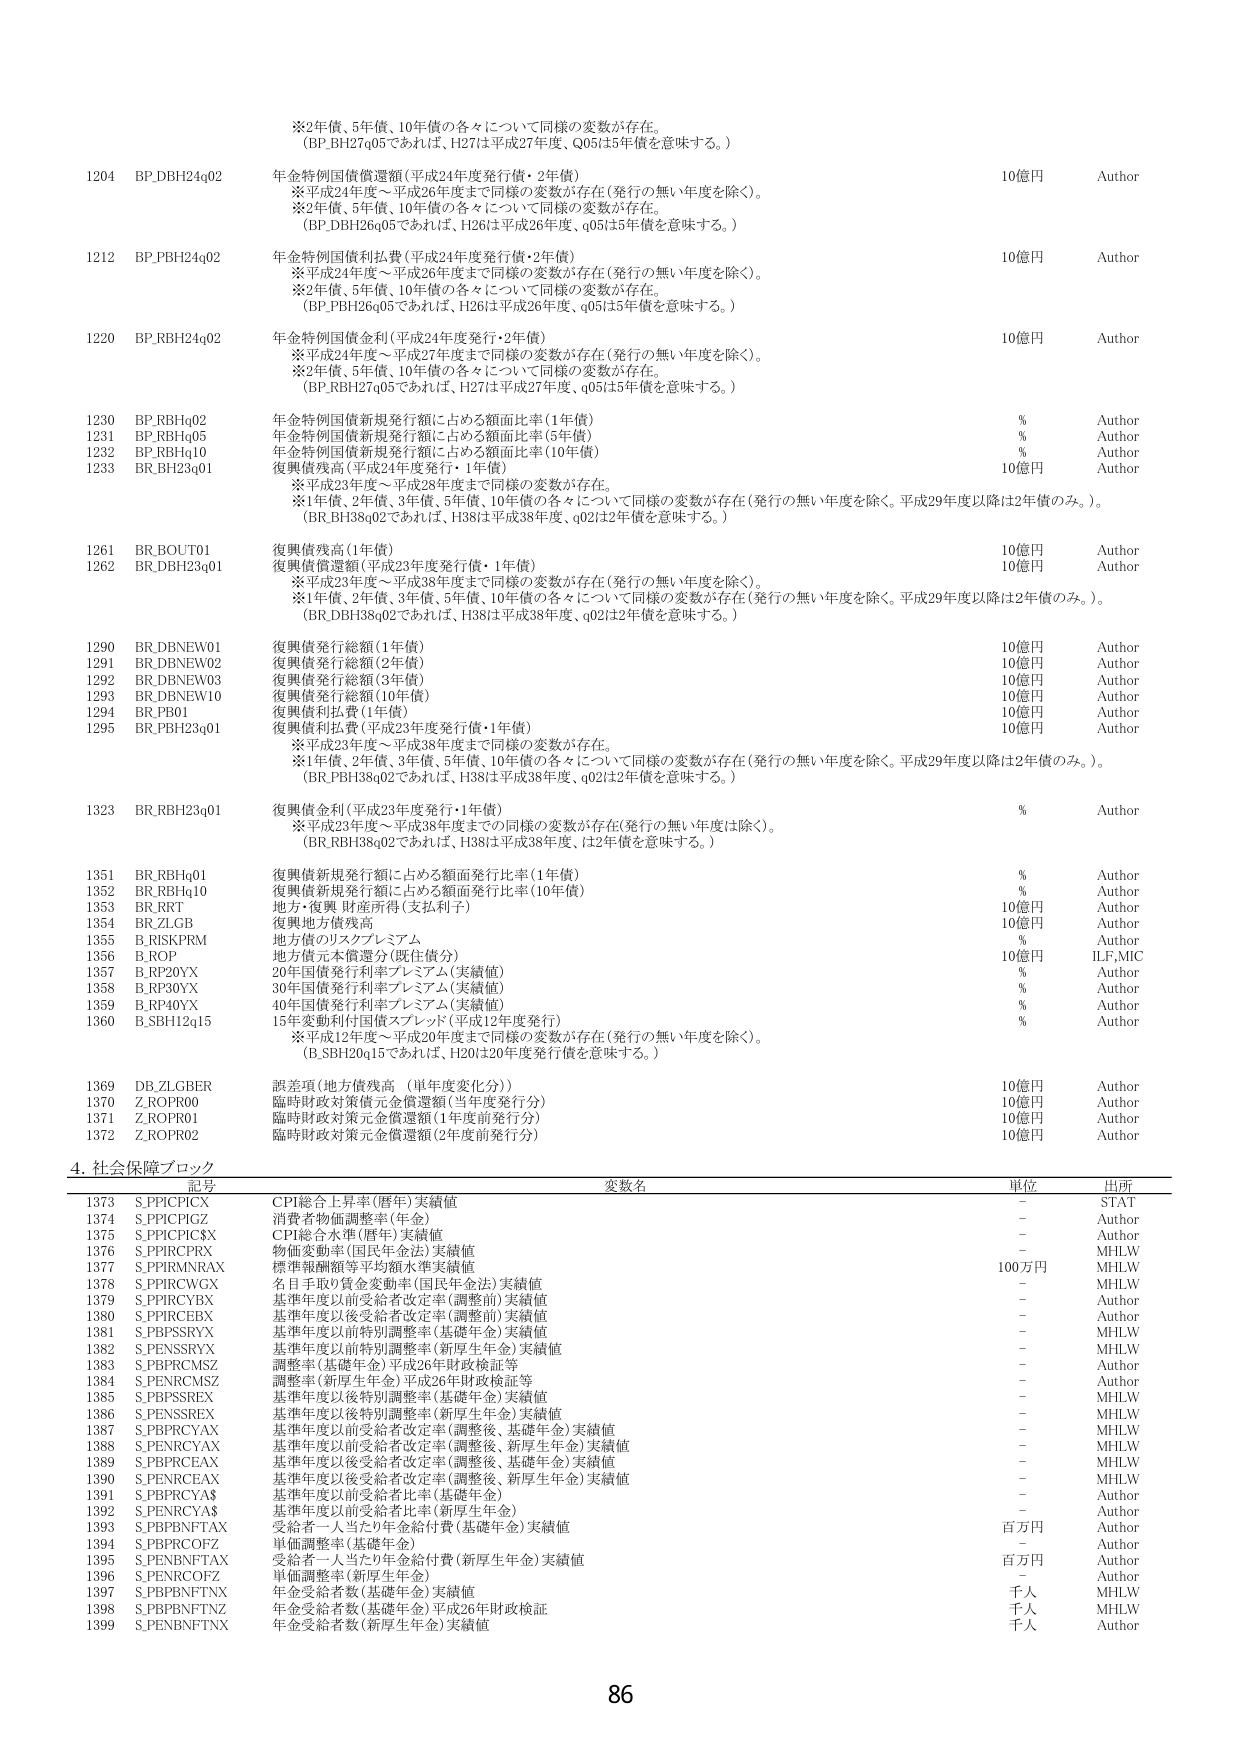
※2年債、5年債、10年債の各々について同様の変数が存在。
（BP_DH27q05であれば、H27は平成27年度、Q05は5年債を意味する。）

1204 BP.DBH24q02 年金特例国債償還額（平成24年度発行債・2年債） 10億円 Author
　※平成24年度～平成26年度まで同様の変数が存在（発行の無い年度を除く）。
　※2年債、5年債、10年債の各々について同様の変数が存在。
　（BP.DBH26q05であれば、H26は平成26年度、q05は5年債を意味する。）

1212 BP.PBH24q02 年金特例国債利払費（平成24年度発行債・2年債） 10億円 Author
　※平成24年度～平成26年度まで同様の変数が存在（発行の無い年度を除く）。
　※2年債、5年債、10年債の各々について同様の変数が存在。
　（BP.PBH26q05であれば、H26は平成26年度、q05は5年債を意味する。）

1220 BP.RBH24q02 年金特例国債金利（平成24年度発行・2年債） 10億円 Author
　※平成24年度～平成27年度まで同様の変数が存在（発行の無い年度を除く）。
　※2年債、5年債、10年債の各々について同様の変数が存在。
　（BP.RBH27q05であれば、H27は平成27年度、q05は5年債を意味する。）

1230 BP.RBHq02 年金特例国債新規発行額に占める額面比率（1年債） % Author
1231 BP.RBHq05 年金特例国債新規発行額に占める額面比率（5年債） % Author
1232 BP.RBHq10 年金特例国債新規発行額に占める額面比率（10年債） % Author
1233 BR.BH23q01 復興債残高（平成24年度発行・1年債） 10億円 Author
　※平成23年度～平成28年度まで同様の変数が存在。
　※1年債、2年債、3年債、5年債、10年債の各々について同様の変数が存在（発行の無い年度を除く。平成29年度以降は2年債のみ。）。
　（BR.BH38q02であれば、H38は平成38年度、q02は2年債を意味する。）

1261 BR.BOUT01 復興債残高（1年債） 10億円 Author
1262 BR.DBH23q01 復興債償還額（平成23年度発行債・1年債） 10億円 Author
　※平成23年度～平成38年度まで同様の変数が存在（発行の無い年度を除く）。
　※1年債、2年債、3年債、5年債、10年債の各々について同様の変数が存在（発行の無い年度を除く。平成29年度以降は2年債のみ。）。
　（BR.DBH38q02であれば、H38は平成38年度、q02は2年債を意味する。）

1290 BR.DBNEW01 復興債発行総額（1年債） 10億円 Author
1291 BR.DBNEW02 復興債発行総額（2年債） 10億円 Author
1292 BR.DBNEW03 復興債発行総額（3年債） 10億円 Author
1293 BR.DBNEW10 復興債発行総額（10年債） 10億円 Author
1294 BR.PB01 復興債利払費（1年債） 10億円 Author
1295 BR.PBH23q01 復興債利払費（平成23年度発行債・1年債） 10億円 Author
　※平成23年度～平成38年度まで同様の変数が存在。
　※1年債、2年債、3年債、5年債、10年債の各々について同様の変数が存在（発行の無い年度を除く。平成29年度以降は2年債のみ。）。
　（BR.PBH38q02であれば、H38は平成38年度、q02は2年債を意味する。）

1323 BR.RBH23q01 復興債金利（平成23年度発行・1年債） % Author
　※平成23年度～平成38年度まで同様の変数が存在（発行の無い年度を除く）。
　（BR.RBH38q02であれば、H38は平成38年度、は2年債を意味する。）

1351 BR.RBHq01 復興債新規発行額に占める額面発行比率（1年債） % Author
1352 BR.RBHq10 復興債新規発行額に占める額面発行比率（10年債） % Author
1353 BR.RRT 地方・復興 財産所得（支払利子） 10億円 Author
1354 BR.ZLGB 復興地方債残高 10億円 Author
1355 B.RISKPRM 地方債のリスクプレミアム % Author
1356 B.ROP 地方債元本償還分（既往債分） 10億円 ILF,MIC
1357 B.RP20YX 20年国債発行利率プレミアム（実績値） % Author
1358 B.RP30YX 30年国債発行利率プレミアム（実績値） % Author
1359 B.RP40YX 40年国債発行利率プレミアム（実績値） % Author
1360 B.SBH12q15 15年変動利付国債スプレッド（平成12年度発行） % Author
　※平成12年度～平成20年度まで同様の変数が存在（発行の無い年度を除く）。
　（B.SBH20q15であれば、H20は20年度発行債を意味する。）

1369 DB.ZLGBER 誤差項（地方債残高 （単年度変化分）） 10億円 Author
1370 Z.ROPR00 臨時財政対策債元金償還額（当年度発行分） 10億円 Author
1371 Z.ROPR01 臨時財政対策元金償還額（1年度前発行分） 10億円 Author
1372 Z.ROPR02 臨時財政対策元金償還額（2年度前発行分） 10億円 Author

4. 社会保障ブロック

記号 変数名 単位 出所
1373 S.PPICPGCX CPI総合上昇率（暦年）実績値 - STAT
1374 S.PPICPIGZ 消費者物価調整率（年金） - Author
1375 S.PPICPGCX CPI総合水準（暦年）実績値 - Author
1376 S.PPIRCPRX 物価変動率（国民年金法）実績値 - MHLW
1377 S.PPIRMNRAX 標準報酬額等平均額水準実績値 100万円 MHLW
1378 S.PPIRCWGX 名目手取り賃金変動率（国民年金法）実績値 - MHLW
1379 S.PPIRCYBX 基準年度以前受給者改定率（調整前）実績値 - Author
1380 S.PPIRCEBX 基準年度以後受給者改定率（調整前）実績値 - Author
1381 S.PBPSSEYX 基準年度以前特別調整率（基礎年金）実績値 - MHLW
1382 S.PENSSRYX 基準年度以前特別調整率（新厚生年金）実績値 - MHLW
1383 S.PBPRCM5Z 調整率（基礎年金）平成26年財政検証等 - Author
1384 S.PENRCM5Z 調整率（新厚生年金）平成26年財政検証等 - Author
1385 S.PBPSSE5X 基準年度以後特別調整率（基礎年金）実績値 - MHLW
1386 S.PENSSREX 基準年度以後特別調整率（新厚生年金）実績値 - MHLW
1387 S.PBPRCYAX 基準年度以前受給者改定率（調整後、基礎年金）実績値 - MHLW
1388 S.PENRCYAX 基準年度以前受給者改定率（調整後、新厚生年金）実績値 - MHLW
1389 S.PBPRCEAX 基準年度以後受給者改定率（調整後、基礎年金）実績値 - MHLW
1390 S.PENRCEAX 基準年度以後受給者改定率（調整後、新厚生年金）実績値 - MHLW
1391 S.PBPRCYA$ 基準年度以前受給者比率（基礎年金） - Author
1392 S.PENRCYA$ 基準年度以前受給者比率（新厚生年金） - Author
1393 S.PBPNFTAX 受給者一人当たり年金給付費（基礎年金）実績値 百万円 Author
1394 S.PBPRCOFZ 単価調整率（基礎年金） - Author
1395 S.PENBNFTAX 受給者一人当たり年金給付費（新厚生年金）実績値 百万円 Author
1396 S.PENRCOFZ 単価調整率（新厚生年金） - Author
1397 S.PBPNFTNX 年金受給者数（基礎年金）実績値 千人 MHLW
1398 S.PBPNFTNZ 年金受給者数（基礎年金）平成26年財政検証 千人 MHLW
1399 S.PENBNFTNX 年金受給者数（新厚生年金）実績値 千人 Author

86